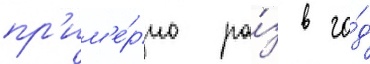
пр'им'е́рно ра́з в го́д